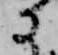
に